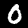
Label: 0